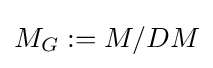
M_{G}:=M/DM